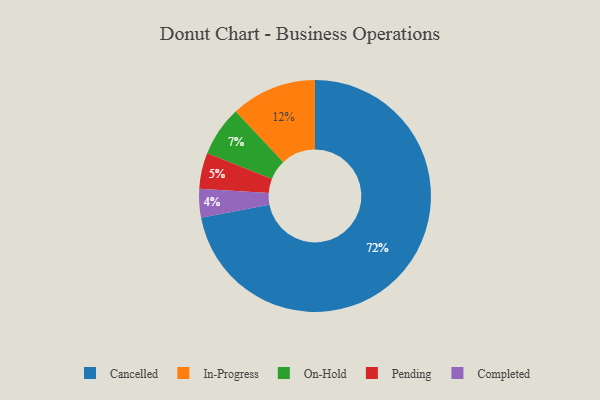
{"axis": {"x": "Category", "y": "Percentage"}, "legend": ["Cancelled", "Completed", "In-Progress", "On-Hold", "Pending"], "data": [{"x": "Pending", "y": 5, "type": "Pending"}, {"x": "In-Progress", "y": 12, "type": "In-Progress"}, {"x": "Completed", "y": 4, "type": "Completed"}, {"x": "Cancelled", "y": 72, "type": "Cancelled"}, {"x": "On-Hold", "y": 7, "type": "On-Hold"}]}